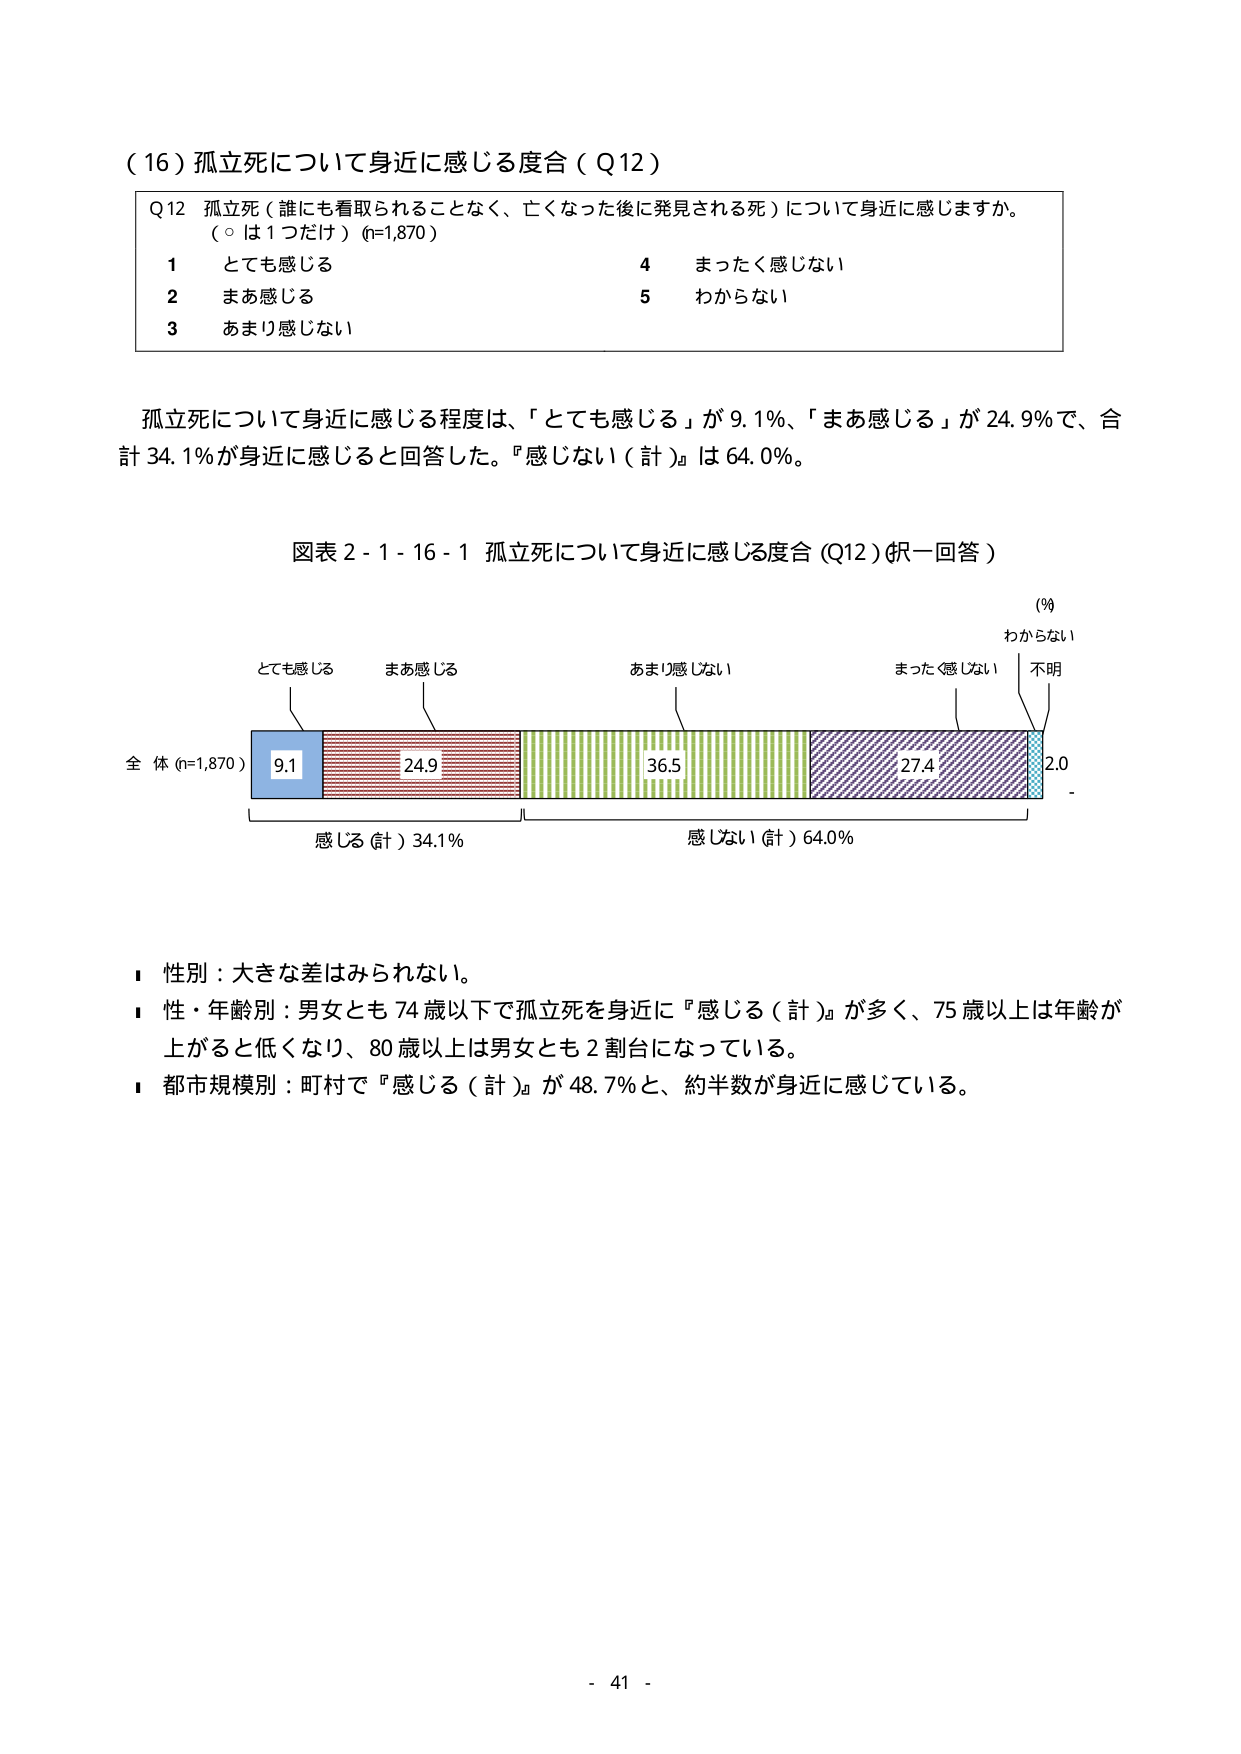
（16）孤立死について身近に感じる度合（Q12）

Q12 孤立死（誰にも看取られることなく、亡くなった後に発見される死）について身近に感じますか。
（○は1つだけ）(n=1,870)

1 とても感じる　　　　　　　　　　　　　4 まったく感じない
2 まあ感じる　　　　　　　　　　　　　　5 わからない
3 あまり感じない

孤立死について身近に感じる程度は、「とても感じる」が9.1％、「まあ感じる」が24.9％で、合計34.1％が身近に感じると言答した。「感じない（計）」は64.0％。

図表2-1-16-1 孤立死について身近に感じる度合（Q12）（択一回答）

（％）